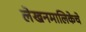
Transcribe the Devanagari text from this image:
लेखनमालिकेचे